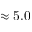
\approx 5 . 0